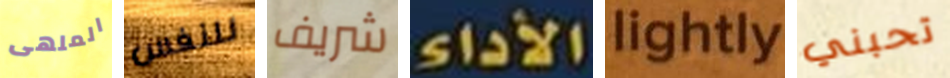
الملهى للنفس شريف الأداء lightly تحبني